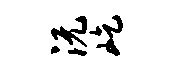
沅屹